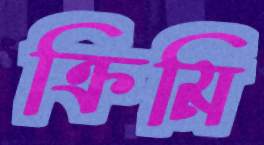
ক্রিমি